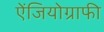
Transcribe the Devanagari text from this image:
ऐंजियोग्राफी